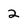
Character: 2